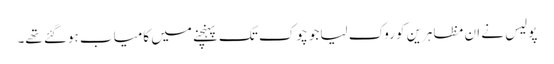
پولیس نے ان مظاہرین کو روک لیا جو چوک تک پہنچنے میں کامیاب ہوگئے تھے۔